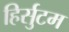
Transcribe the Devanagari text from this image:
हिर्सुटम